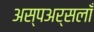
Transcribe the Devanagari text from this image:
अस्पअर्सलाँ